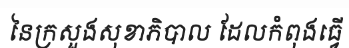
នៃក្រសួងសុខាភិបាល ដែលកំពុងធ្វើ